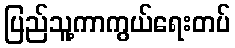
ပြည်သူ့ကာကွယ်ရေးတပ်